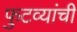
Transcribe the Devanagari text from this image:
फुटव्यांची